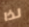
لذا